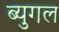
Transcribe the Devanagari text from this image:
ब्युगल